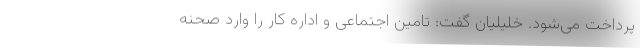
پرداخت می‌شود. خلیلیان گفت: تامین اجتماعی و اداره کار را وارد صحنه